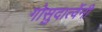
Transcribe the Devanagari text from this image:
गोसुदार्त्वेनी